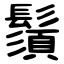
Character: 鬚